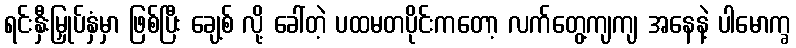
ရင်းနှီးမြှုပ်နှံမှာ ဖြစ်ပြီး ချေ့စ် လို့ ခေါ်တဲ့ ပထမတပိုင်းကတော့ လက်တွေ့ကျကျ အနေနဲ့ ပါမောက္ခ